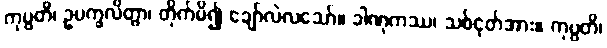
ကုပ္ပတိ၊ ဥပက္ခလိတွာ၊ တိုက်မိ၍ ချော်လဲလသော်။ ခါဏုကဿ၊ သစ်ငုတ်အား။ ကုပ္ပတိ၊